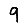
Digit: 9